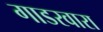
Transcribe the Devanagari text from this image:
गाडरवारा